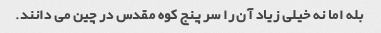
بله اما نه خیلی زیاد آن را سر پنج کوه مقدس در چین می دانند.